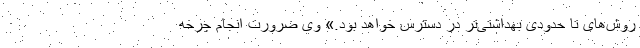
روش‌های تا حدودی بهداشتی‌تر در دسترس خواهد بود.» وی ضرورت انجام چرخه